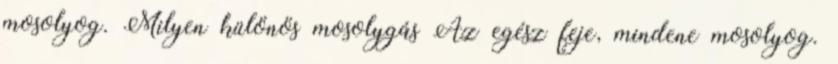
mosolyog. Milyen különös mosolygás Az egész feje, mindene mosolyog.